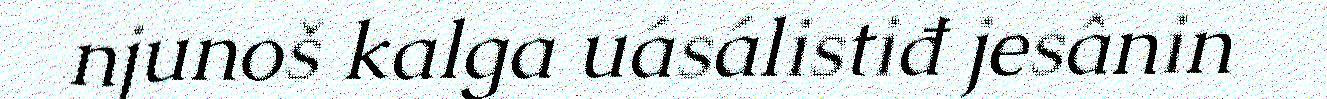
njunoš kalga uásálistiđ jesânin